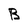
Character: B